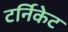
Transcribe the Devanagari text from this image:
टर्निकेट